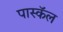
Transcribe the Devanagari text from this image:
पास्कॅल